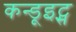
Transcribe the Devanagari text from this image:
कन्डूइट्स